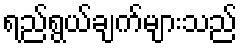
ရည်ရွယ်ချက်များသည်